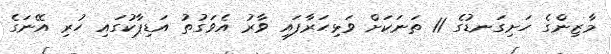
މާޒިންގެ ހަށިގަނޑުގެ 11 ތަނަކަށް ވަޅިހަރާފައި ވާރު އެވަގުތު އަޑިޕާކުގައި ހުރި އޭނަގެ